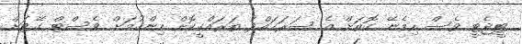
ޓީޖެޓީ ވެސް ހިމެނޭ ގޮތަށް އެ ސަރަހައްދު ތަރައްގީކޮށް ހިންގުމަށް ވެސްޓް ގޭޓަށް